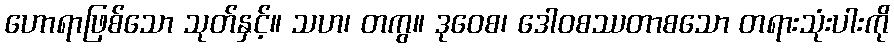
ဟောရာဖြစ်သော သုတ်နှင့်။ သဟ၊ တကွ။ ဒုဝေစ၊ ဒေါဝစဿတာစသော တရားသုံးပါးကို